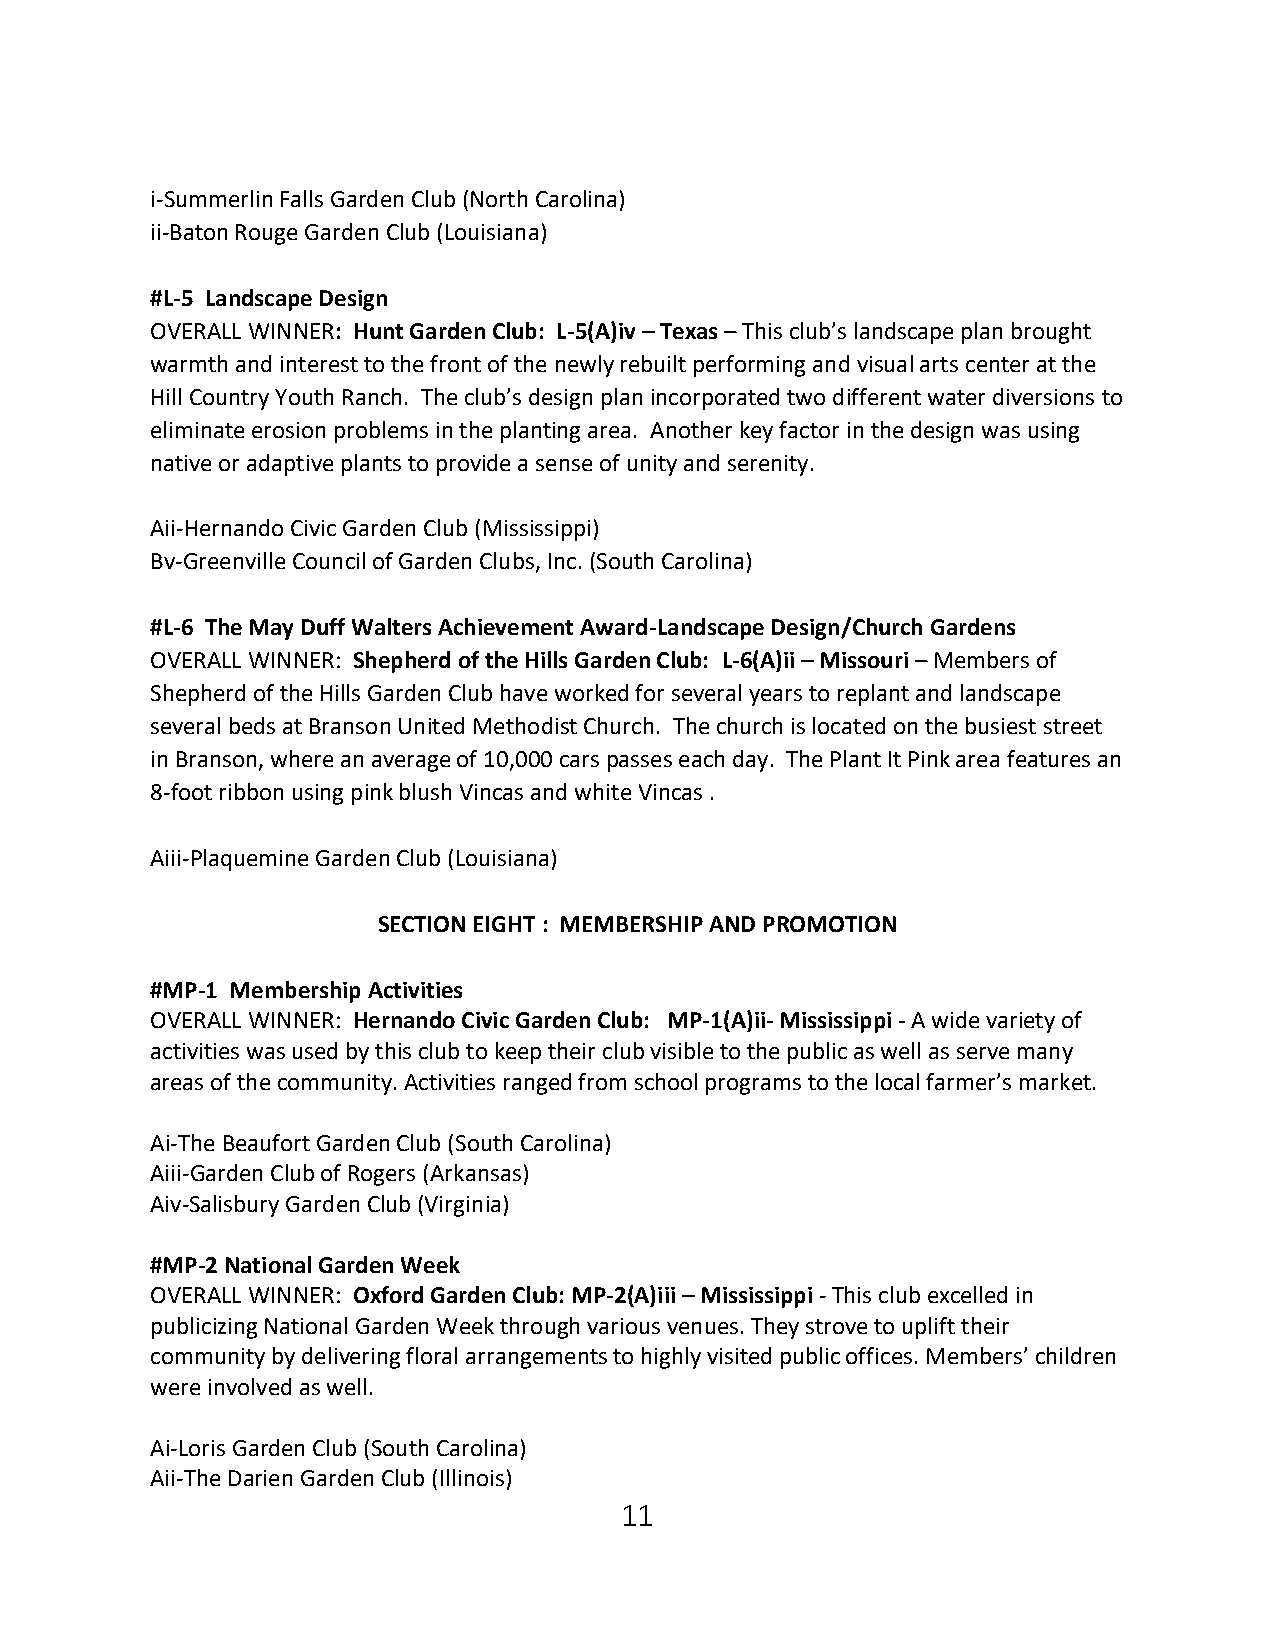
i-Summerlin Falls Garden Club (North Carolina)
 ii-Baton Rouge Garden Club (Louisiana)
 #L-5 Landscape Design
 OVERALL WINNER: Hunt Garden Club: L-5(A)iv – Texas – This club’s landscape plan brought
 warmth and interest to the front of the newly rebuilt performing and visual arts center at the
 Hill Country Youth Ranch. The club’s design plan incorporated two different water diversions to
 eliminate erosion problems in the planting area. Another key factor in the design was using
 native or adaptive plants to provide a sense of unity and serenity.
 Aii-Hernando Civic Garden Club (Mississippi)
 Bv-Greenville Council of Garden Clubs, Inc. (South Carolina)
 #L-6 The May Duff Walters Achievement Award-Landscape Design/Church Gardens
 OVERALL WINNER: Shepherd of the Hills Garden Club: L-6(A)ii – Missouri – Members of
 Shepherd of the Hills Garden Club have worked for several years to replant and landscape
 several beds at Branson United Methodist Church. The church is located on the busiest street
 in Branson, where an average of 10,000 cars passes each day. The Plant It Pink area features an
 8-foot ribbon using pink blush Vincas and white Vincas .
 Aiii-Plaquemine Garden Club (Louisiana)
 SECTION EIGHT : MEMBERSHIP AND PROMOTION
 #MP-1 Membership Activities
 OVERALL WINNER: Hernando Civic Garden Club: MP-1(A)ii- Mississippi - A wide variety of
 activities was used by this club to keep their club visible to the public as well as serve many
 areas of the community. Activities ranged from school programs to the local farmer’s market.
 Ai-The Beaufort Garden Club (South Carolina)
 Aiii-Garden Club of Rogers (Arkansas)
 Aiv-Salisbury Garden Club (Virginia)
 #MP-2 National Garden Week
 OVERALL WINNER: Oxford Garden Club: MP-2(A)iii – Mississippi - This club excelled in
 publicizing National Garden Week through various venues. They strove to uplift their
 community by delivering floral arrangements to highly visited public offices. Members’ children
 were involved as well.
 Ai-Loris Garden Club (South Carolina)
 Aii-The Darien Garden Club (Illinois)
 11